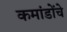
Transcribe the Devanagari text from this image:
कमांडोंचे